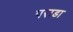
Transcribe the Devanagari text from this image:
पराडा